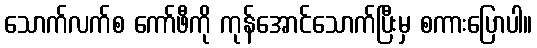
သောက်လက်စ ကော်ဖီကို ကုန်အောင်သောက်ပြီးမှ စကားပြောပါ။